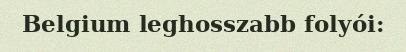
Belgium leghosszabb folyói: